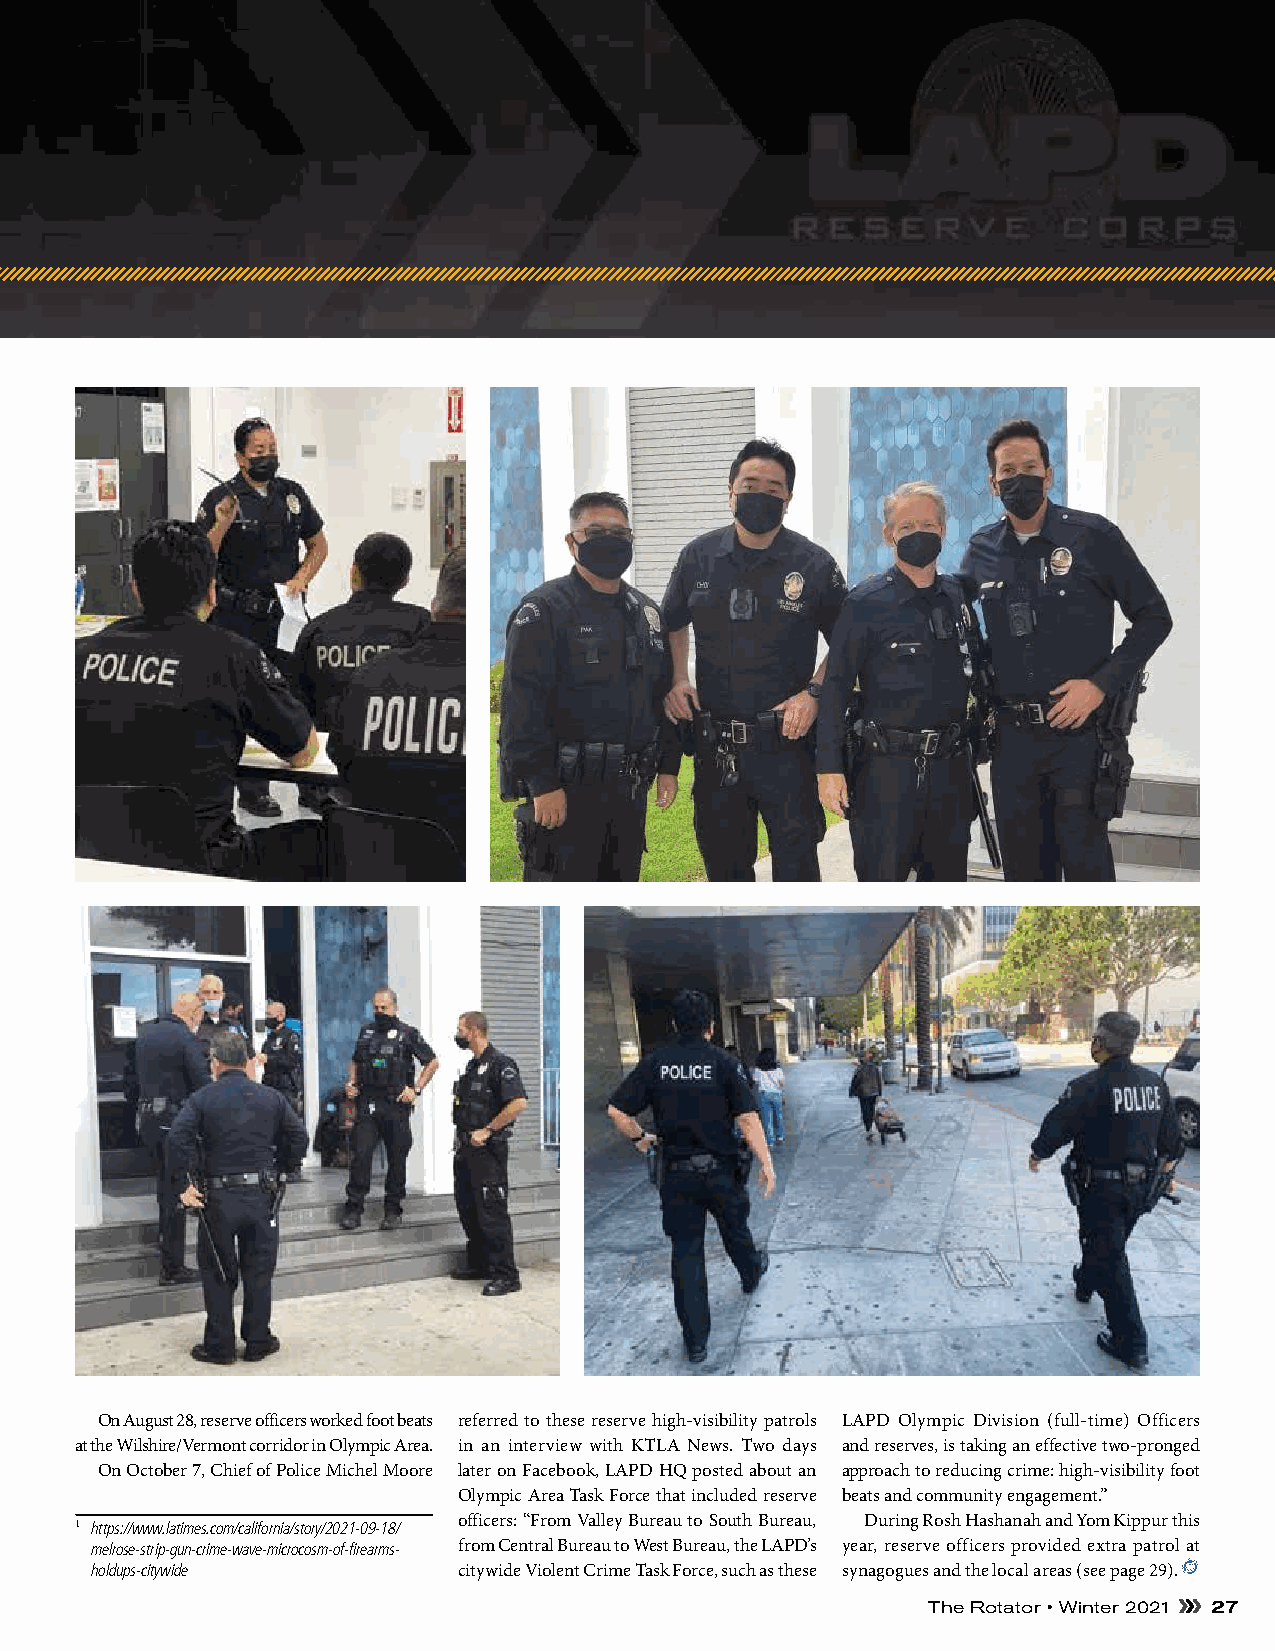
On August 28, reserve officers worked foot beats referred to these reserve high-visibility patrols LAPD Olympic Division (full-time) Officers
 at the Wilshire/Vermont corridor in Olympic Area. in an interview with KTLA News. Two days and reserves, is taking an effective two-pronged
 On October 7, Chief of Police Michel Moore later on Facebook, LAPD HQ posted about an approach to reducing crime: high-visibility foot
 Olympic Area Task Force that included reserve beats and community engagement.”
 1 https://www.latimes.com/california/story/2021-09-18/ officers: “From Valley Bureau to South Bureau, During Rosh Hashanah and Yom Kippur this
 melrose-strip-gun-crime-wave-microcosm-of-firearms- from Central Bureau to West Bureau, the LAPD’s year, reserve officers provided extra patrol at
 holdups-citywide        citywide Violent Crime Task Force, such as these synagogues and the local areas (see page 29).
 The Rotator • Winter 2021 27